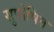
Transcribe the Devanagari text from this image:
सुपोषित